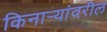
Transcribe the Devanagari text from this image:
किनार्‍यांवरील